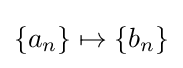
{\textstyle \left\{a_{n}\right\}\mapsto \left\{b_{n}\right\}}